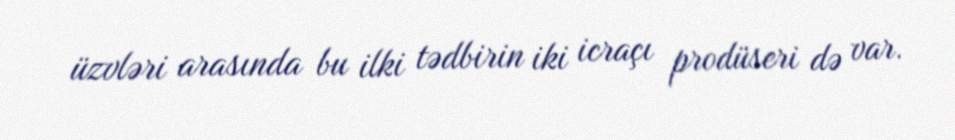
üzvləri arasında bu ilki tədbirin iki icraçı prodüseri də var.